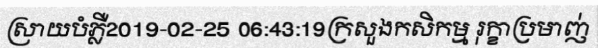
ស្រាយបំភ្លឺ2019-02-25 06:43:19ក្រសួងកសិកម្ម រុក្ខាប្រមាញ់